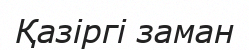
Қазіргі заман